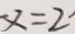
x = 2